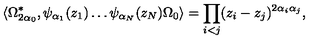
\langle \Omega _ { 2 \alpha _ { 0 } } ^ { * } , \psi _ { \alpha _ { 1 } } ( z _ { 1 } ) \ldots \psi _ { \alpha _ { N } } ( z _ { N } ) \Omega _ { 0 } \rangle = \prod _ { i < j } ( z _ { i } - z _ { j } ) ^ { 2 \alpha _ { i } \alpha _ { j } } ,